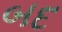
બદ